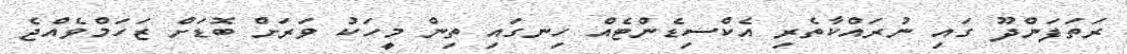
ރަތަފަންދޫ ގައި ނުރައްކާތެރި އެކްސިޑެންޓެއް ހިނގައި ތިން މީހަކު ވަރަށް ބޮޑަށް ޒަހަމްވެއްޖެ